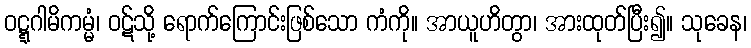
ဝဋ္ဋဂါမိကမ္မံ၊ ဝဋ်သို့ ရောက်ကြောင်းဖြစ်သော ကံကို။ အာယူဟိတွာ၊ အားထုတ်ပြီး၍။ သုခေန၊